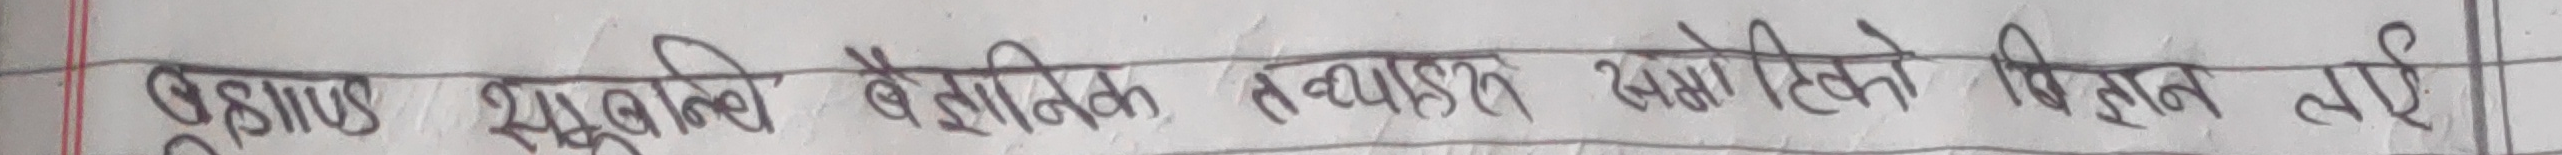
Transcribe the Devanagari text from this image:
उदाहरण स्वरूप वैयक्तिक व्यवहार श्रेणीको विवरनलाई